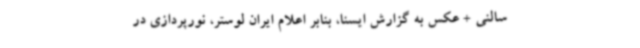
سالنی + عکس به گزارش ایسنا، بنابر اعلام ایران لوستر، نورپردازی در